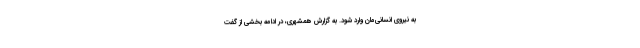
به نیروی انسانی‌مان وارد شود. به گزارش همشهری، در ادامه بخشی از گفت